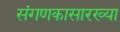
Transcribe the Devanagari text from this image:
संगणकासारख्या